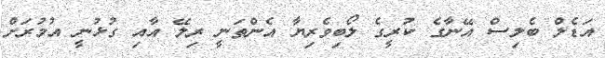
އަޑެލް ބެލިސް އޭނާގެ ކުރީގެ ލޯބިވެރިޔާ އެންތަނީ ރިލޭ އާއި ގުޅުނީ އުމުރަށް